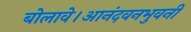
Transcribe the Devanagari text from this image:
बोलावे।आनंदवनभुवनी